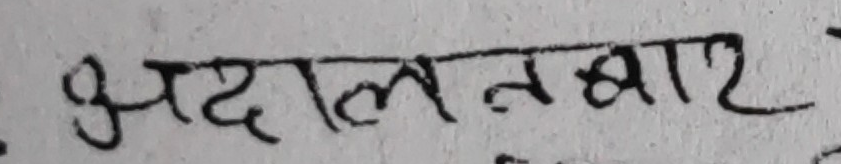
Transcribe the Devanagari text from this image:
अदालतबाट